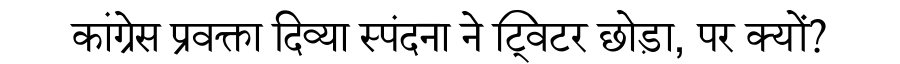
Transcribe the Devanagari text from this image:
कांग्रेस प्रवक्ता दिव्या स्पंदना ने ट्विटर छोड़ा, पर क्यों?